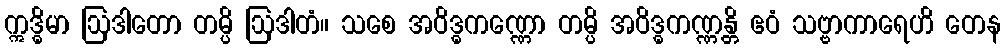
ဣဒ္ဓိမာ ဩဒါတော တမ္ပိ ဩဒါတံ။ သစေ အဝိဒ္ဓကဏ္ဏော တမ္ပိ အဝိဒ္ဓကဏ္ဏန္တိ ဧဝံ သဗ္ဗာကာရေဟိ တေန